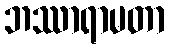
ဘဿာရာမတာ